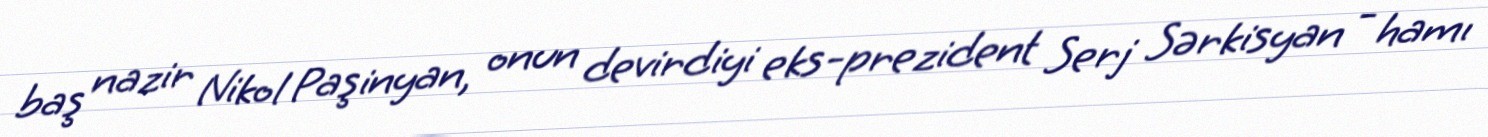
baş nazir Nikol Paşinyan, onun devirdiyi eks-prezident Serj Sərkisyan - hamı